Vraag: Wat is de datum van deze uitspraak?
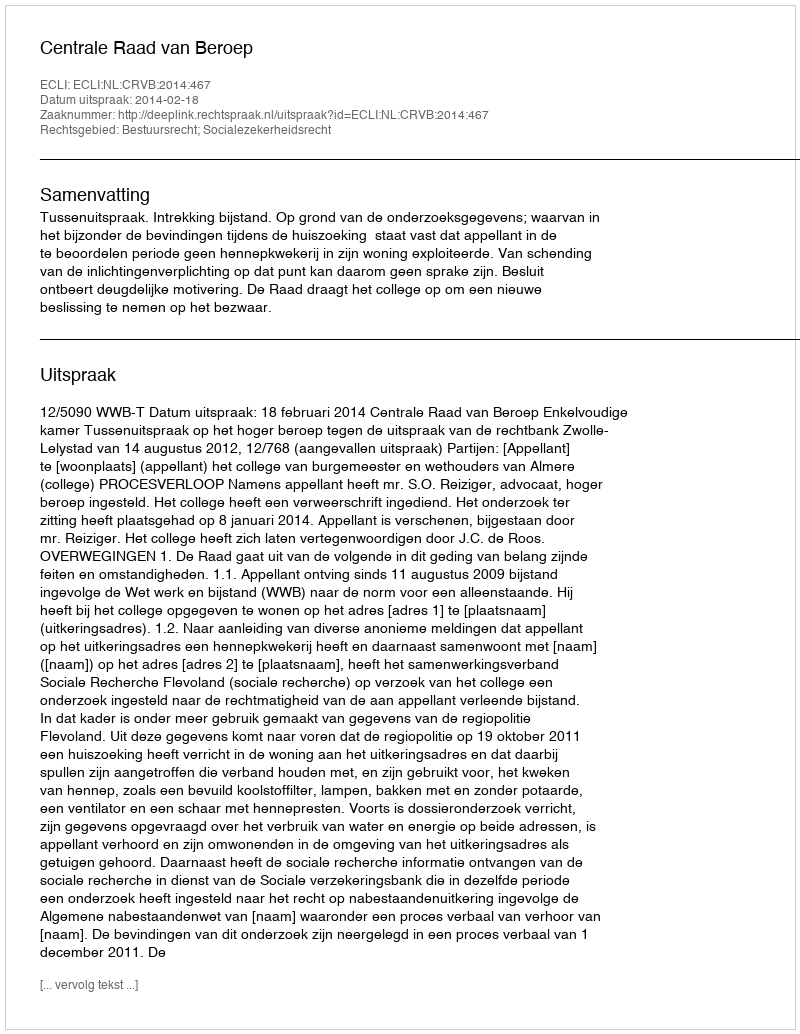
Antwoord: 2014-02-18